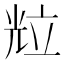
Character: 𱏦